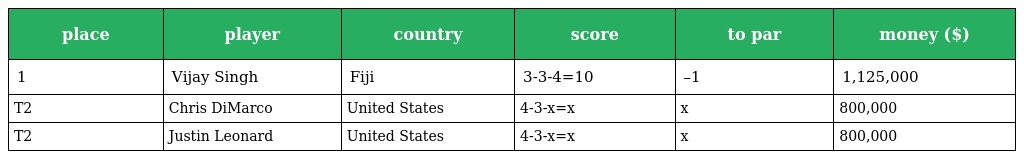
| place | player | country | score | to par | money ($) |
 | --- | --- | --- | --- | --- | --- |
 | 1 | Vijay Singh | Fiji | 3-3-4=10 | –1 | 1,125,000 |
 | T2 | Chris DiMarco | United States | 4-3-x=x | x | 800,000 |
 | T2 | Justin Leonard | United States | 4-3-x=x | x | 800,000 |